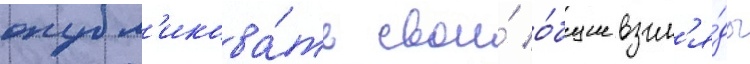
опубл'икова́ть свои́ о́бщие взгл'я́ды